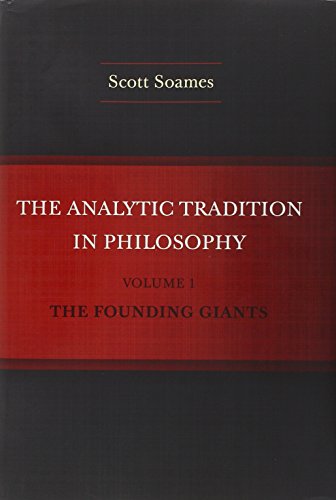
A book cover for The Analytic Tradition in Philosophy, Volume 1: The Founding Giants; Scott Soames; Politics & Social Sciences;